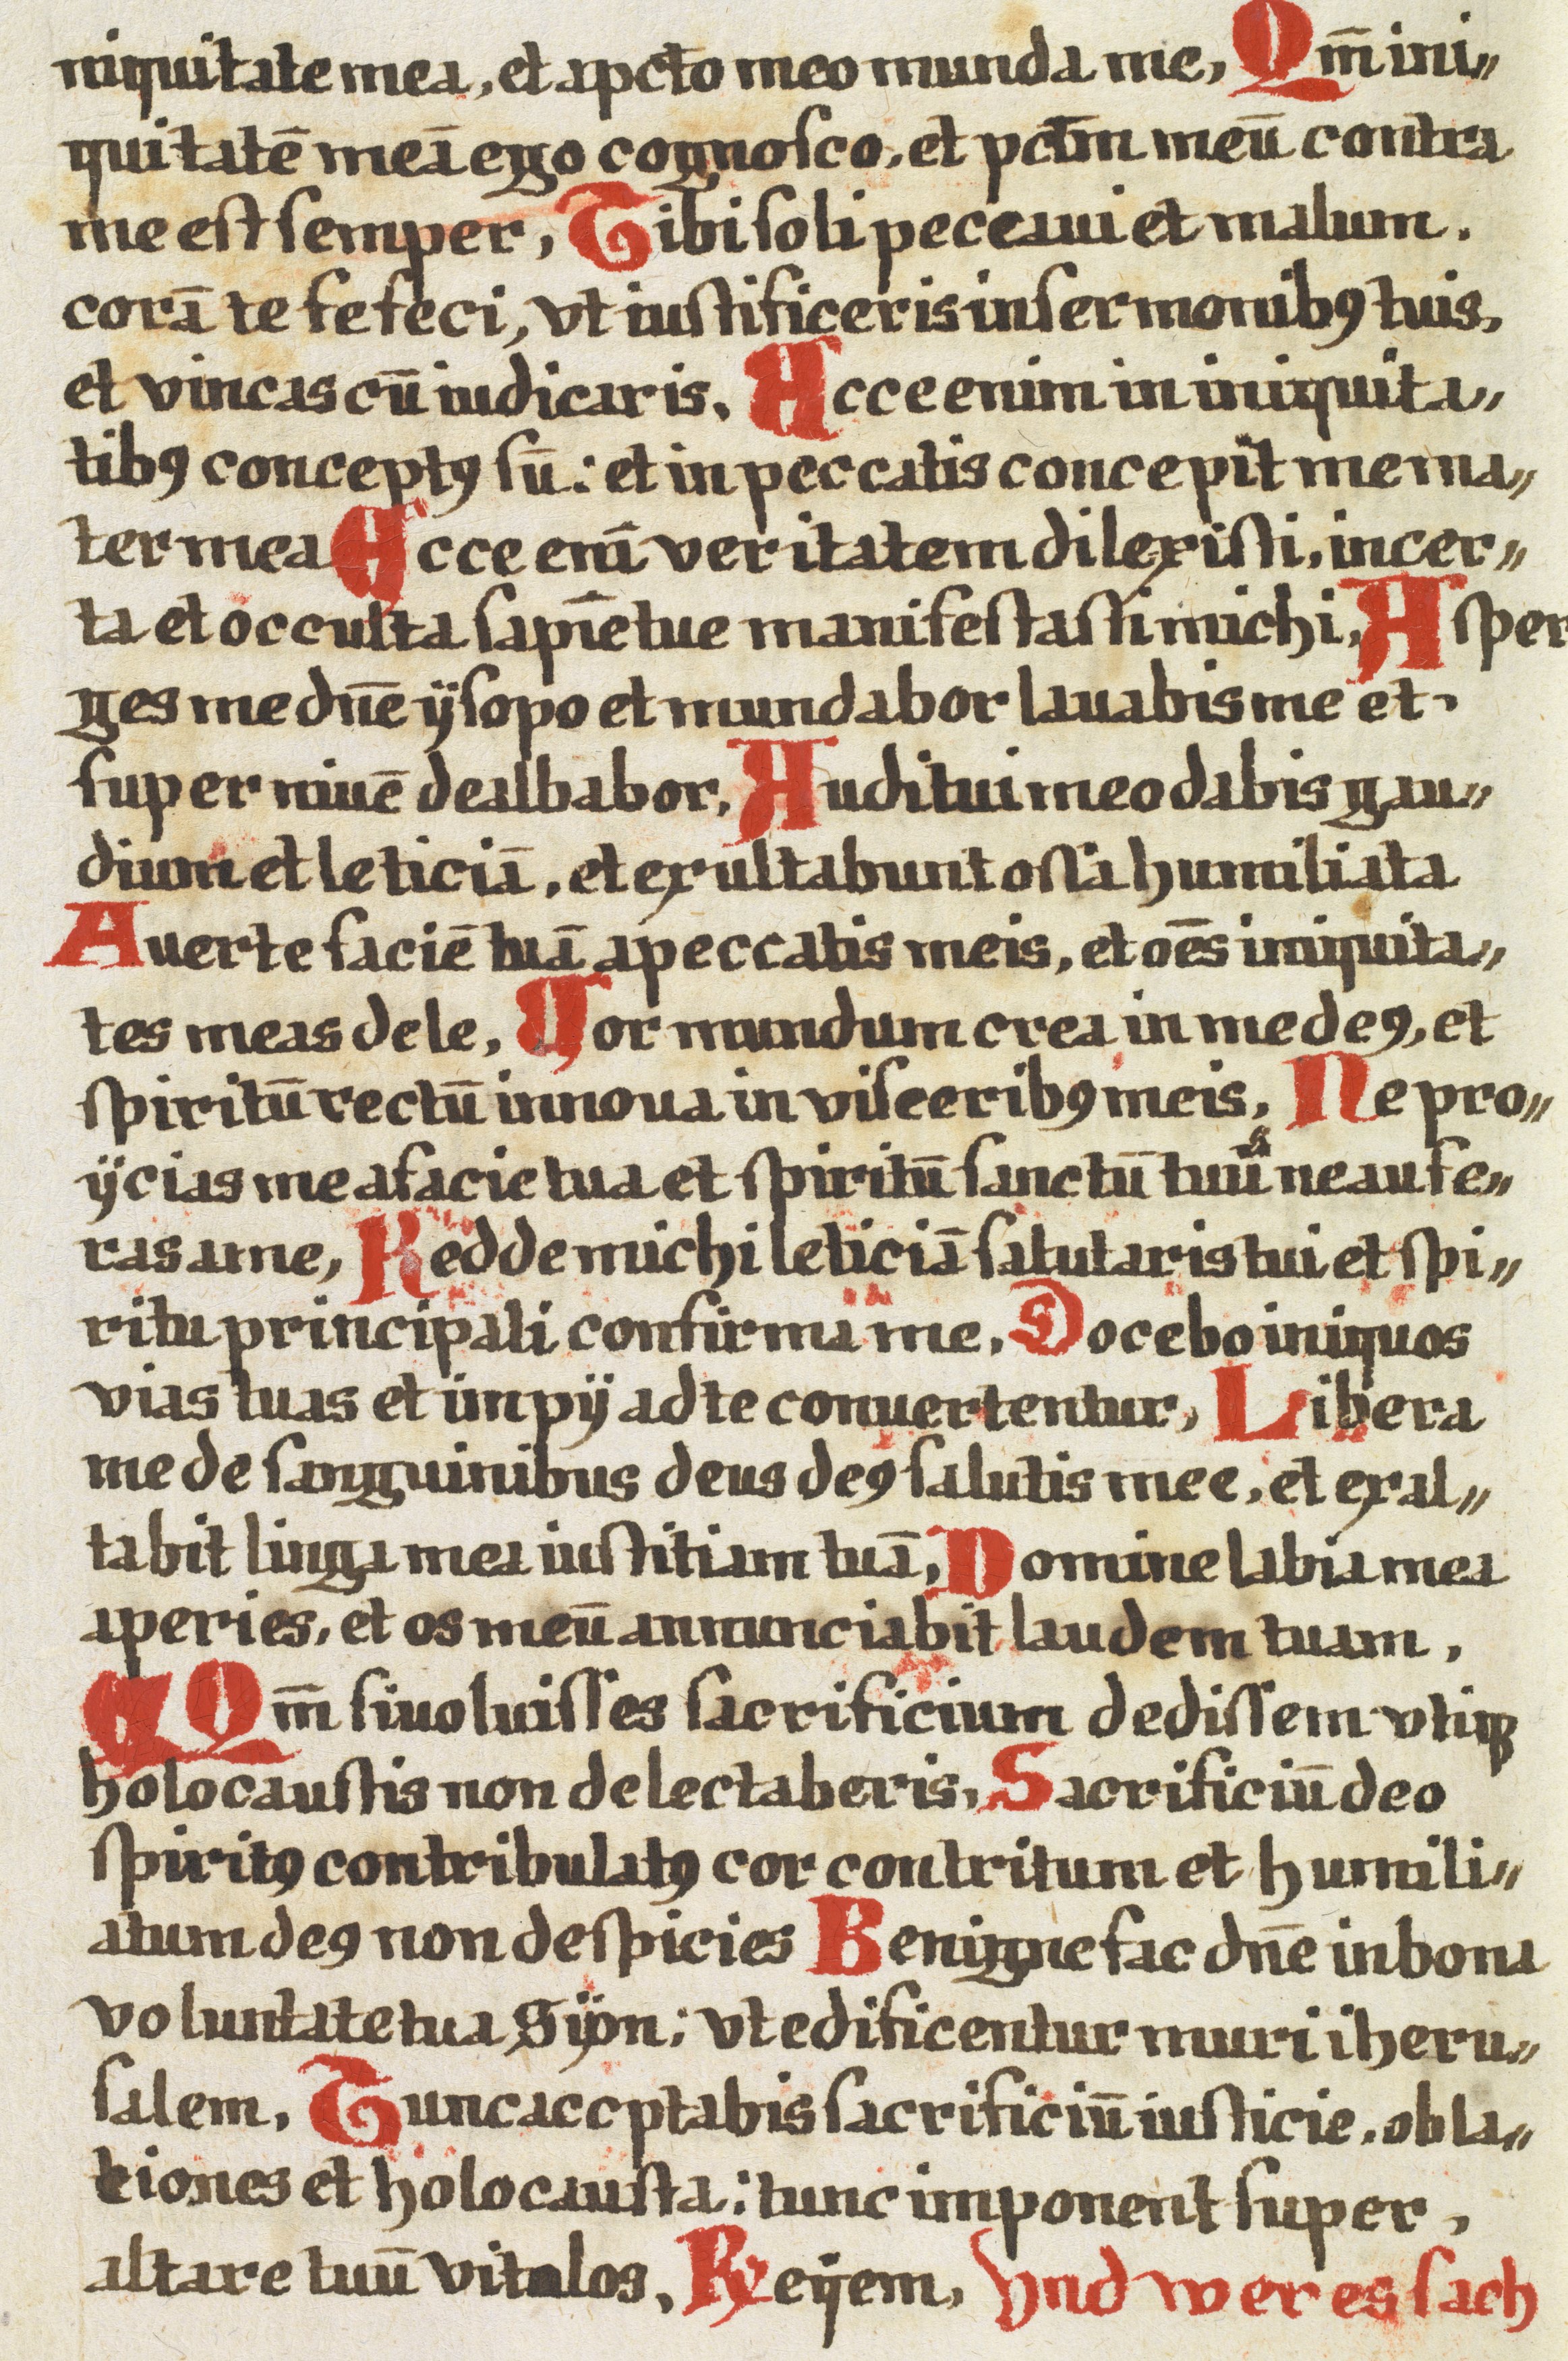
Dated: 1425–1449